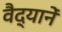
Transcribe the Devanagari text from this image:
वैद्यानें